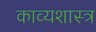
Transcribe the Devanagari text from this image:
काव्‍यशास्‍त्र